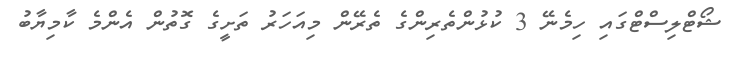
ޝޯޓްލިސްޓްގައި ހިމެނޭ 3 ކުޅުންތެރިންގެ ތެރޭން މިއަހަރު ތަށީގެ ގޮތުން އެންމެ ކާމިޔާބު